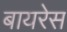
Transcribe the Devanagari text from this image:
बायरेस